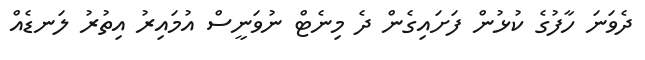
ދެވަނަ ހާފުގެ ކުޅުން ފަށައިގެން ދެ މިނެޓް ނުވަނީސް އުމައިރު އިތުރު ލަނޑެއް